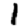
Digit: 1